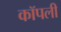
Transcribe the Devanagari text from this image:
कॉपली